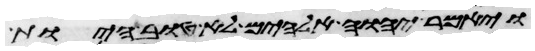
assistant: ויאמר יהוה אלהים לא טוב היות